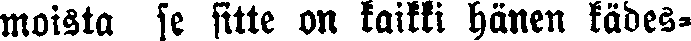
moista se sitte on kaikki hänen kädes-